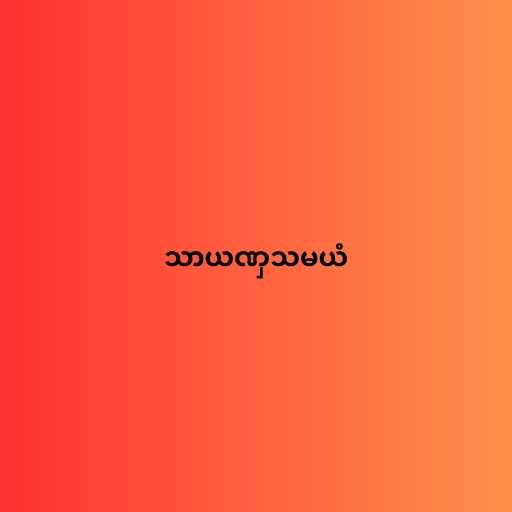
သာယဏှသမယံ